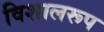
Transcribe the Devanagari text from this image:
विशालरूप